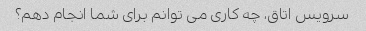
سرویس اتاق، چه کاری می توانم برای شما انجام دهم؟